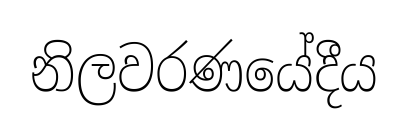
නිලවරණයේදීය